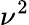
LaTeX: \nu^{2}